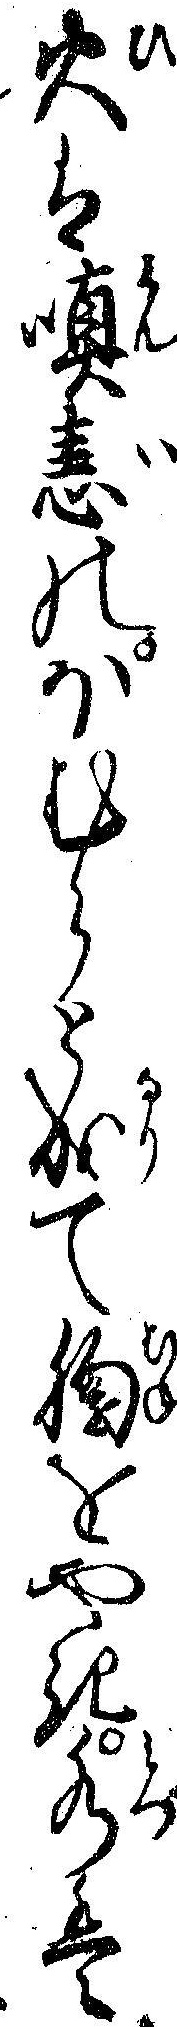
火は瞋恚のほむらと成て胸をやき水は